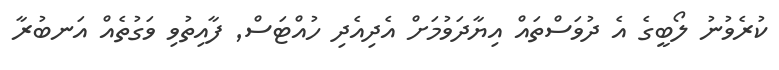
ކުރެވުނު ލޯބީގެ އެ ދުވަސްތައް އިޔާދަވުމަށް އެދިއެދި ހުއްޓަސް